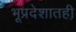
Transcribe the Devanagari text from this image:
भूप्रदेशातही